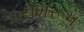
સમરૂપ